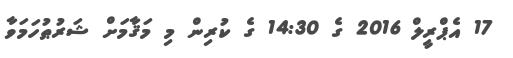
17 އެޕްރީލް 2016 ގެ 14:30 ގެ ކުރިން މި މަޤާމަށް ޝަރުޠުހަމަވާ